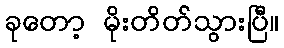
ခုတော့ မိုးတိတ်သွားပြီ။